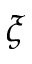
\boldsymbol { \xi }